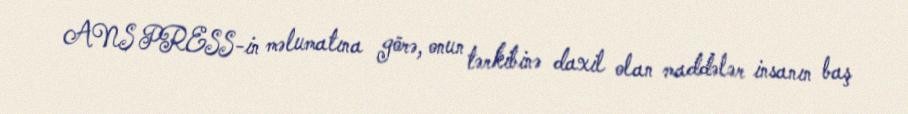
ANS PRESS-in məlumatına görə, onun tərkibinə daxil olan maddələr insanın baş